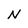
Character: N